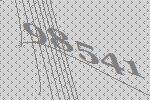
98541